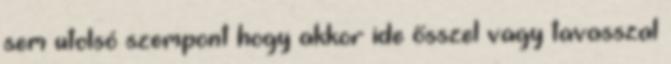
sem utolsó szempont hogy akkor ide ősszel vagy tavasszal